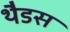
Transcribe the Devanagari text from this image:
थैडस